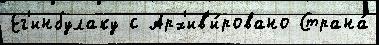
Ег'инбулаку с Арх'ив'и́ровано Страна́